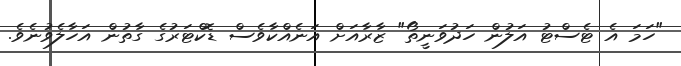
"ހަމަ އެ ޓެސްޓު އަލުން ހަދުވަނީތޯ" ޒާރާއަށް އަނެއްކާވެސް ޑޮކްޓަރުގެ ގާތުން އަހާލެވުނެވެ.